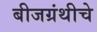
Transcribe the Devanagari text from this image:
बीजग्रंथीचे